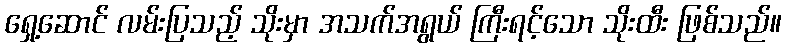
ရှေ့ဆောင် လမ်းပြသည့် သိုးမှာ အသက်အရွယ် ကြီးရင့်သော သိုးထီး ဖြစ်သည်။